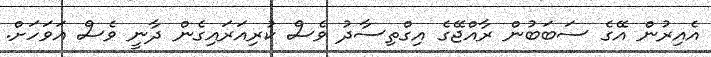
އެއިރުން އޭގެ ސަބަބުން ރާއްޖޭގެ އިގްތިސާދު ވެސް ކުރިއަރައިގެން ދާނީ ވެސް އަވަހަށް.